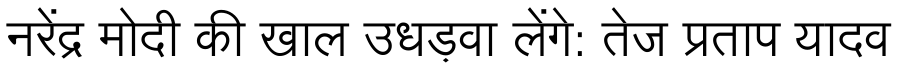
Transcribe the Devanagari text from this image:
नरेंद्र मोदी की खाल उधड़वा लेंगे: तेज प्रताप यादव